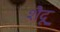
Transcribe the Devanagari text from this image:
शैदू